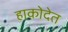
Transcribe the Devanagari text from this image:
हाकोदेत